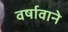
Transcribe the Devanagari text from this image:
वर्षावाने